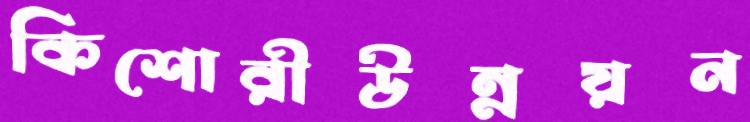
কিশোরীউন্নয়ন